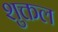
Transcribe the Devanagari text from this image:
शुक्तल